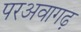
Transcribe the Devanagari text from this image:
परअवागढ़